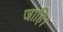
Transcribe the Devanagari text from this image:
जाहि।